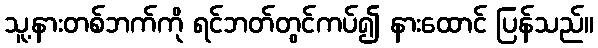
သူ့နားတစ်ဘက်ကို ရင်ဘတ်တွင်ကပ်၍ နားထောင် ပြန်သည်။